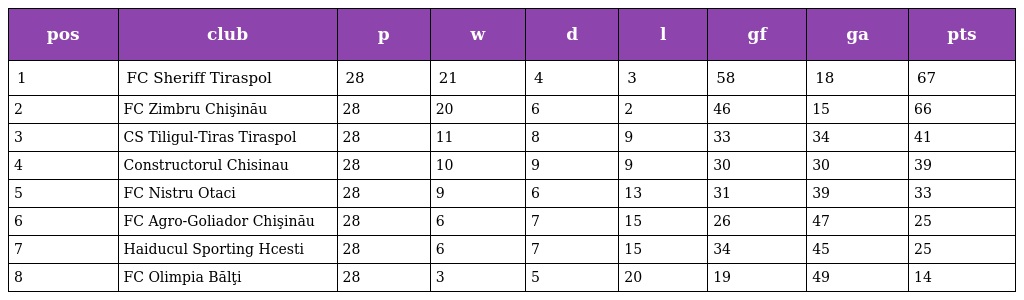
| pos | club | p | w | d | l | gf | ga | pts |
 | --- | --- | --- | --- | --- | --- | --- | --- | --- |
 | 1 | FC Sheriff Tiraspol | 28 | 21 | 4 | 3 | 58 | 18 | 67 |
 | 2 | FC Zimbru Chişinău | 28 | 20 | 6 | 2 | 46 | 15 | 66 |
 | 3 | CS Tiligul-Tiras Tiraspol | 28 | 11 | 8 | 9 | 33 | 34 | 41 |
 | 4 | Constructorul Chisinau | 28 | 10 | 9 | 9 | 30 | 30 | 39 |
 | 5 | FC Nistru Otaci | 28 | 9 | 6 | 13 | 31 | 39 | 33 |
 | 6 | FC Agro-Goliador Chişinău | 28 | 6 | 7 | 15 | 26 | 47 | 25 |
 | 7 | Haiducul Sporting Hcesti | 28 | 6 | 7 | 15 | 34 | 45 | 25 |
 | 8 | FC Olimpia Bălţi | 28 | 3 | 5 | 20 | 19 | 49 | 14 |